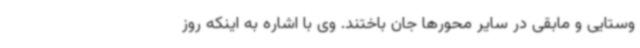
وستایی و مابقی در سایر محورها جان باختند. وی با اشاره به اینکه روز